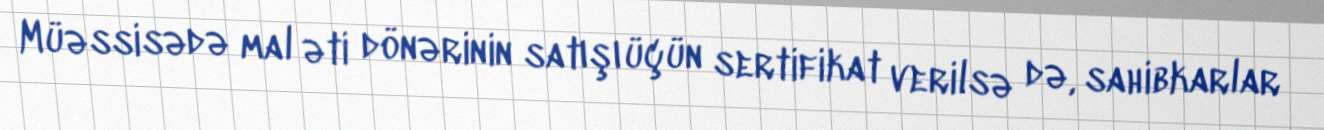
Müəssisədə mal əti dönərinin satışı üçün sertifikat verilsə də, sahibkarlar